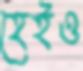
হেইও